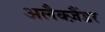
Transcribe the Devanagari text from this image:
अलैक्‍ज़ैंडर